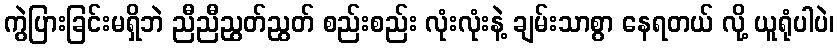
ကွဲပြားခြင်းမရှိဘဲ ညီညီညွတ်ညွတ် စည်းစည်း လုံးလုံးနဲ့ ချမ်းသာစွာ နေရတယ် လို့ ယူရုံပါပဲ၊